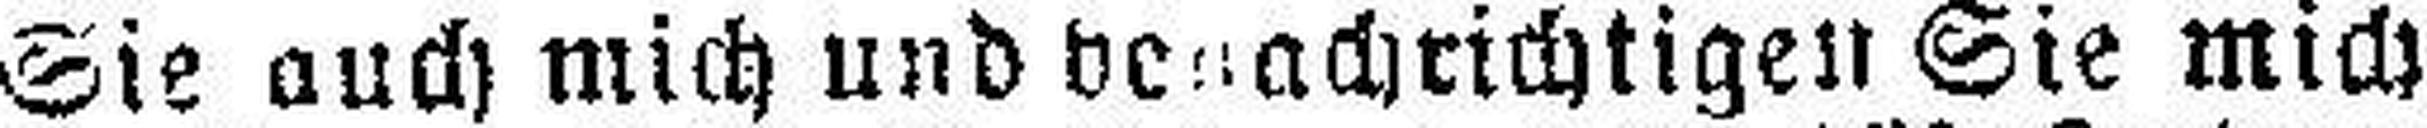
Sie auch mich und venachrichtigen Sie mich